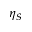
\eta _ { S }